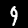
Label: 9